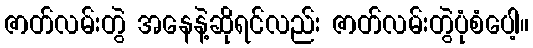
ဇာတ်လမ်းတွဲ အနေနဲ့ဆိုရင်လည်း ဇာတ်လမ်းတွဲပုံစံပေါ့။